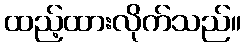
ထည့်ထားလိုက်သည်။